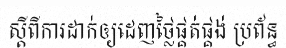
ស្តីពីការដាក់ឲ្យដេញថ្លៃផ្គត់ផ្គង់ ប្រព័ន្ធ